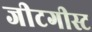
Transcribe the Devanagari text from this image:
जीटगीस्ट